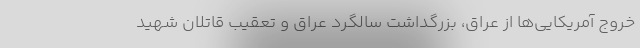
خروج آمریکایی‌ها از عراق، بزرگداشت سالگرد عراق و تعقیب قاتلان شهید